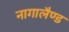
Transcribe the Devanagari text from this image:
नागालैण्‍ड